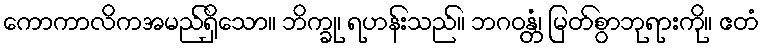
ကောကာလိကအမည်ရှိသော။ ဘိက္ခု၊ ရဟန်းသည်။ ဘဂဝန္တံ၊ မြတ်စွာဘုရားကို။ ဧတံ